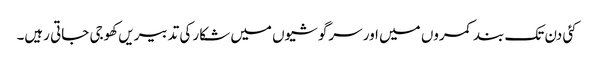
کئی دن تک بند کمروں میں اور سرگوشیوں میں شکار کی تدبیریں کھوجی جاتی رہیں۔